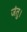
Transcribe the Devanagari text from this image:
जंतु।